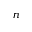
n